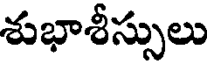
శుభాశీస్సులు